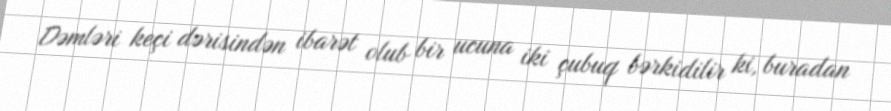
Dəmləri keçi dərisindən ibarət olub bir ucuna iki çubuq bərkidilir ki, buradan